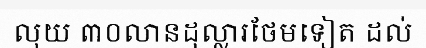
លុយ ៣០លានដុល្លារថែមទៀត ដល់